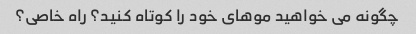
چگونه می خواهید موهای خود را کوتاه کنید؟ راه خاصی؟